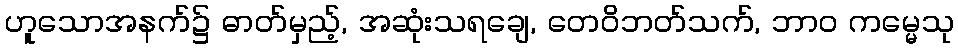
ဟူသောအနက်၌ ဓာတ်မှည့်, အဆုံးသရချေ, တေဝိဘတ်သက်, ဘာဝ ကမ္မေသု